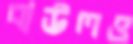
বাউলও